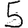
Digit: 5